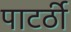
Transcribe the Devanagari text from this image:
पाटर्ठी